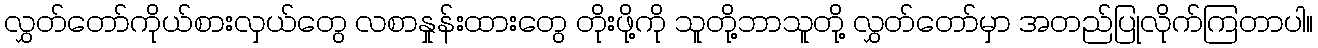
လွှတ်တော်ကိုယ်စားလှယ်တွေ လစာနှုန်းထားတွေ တိုးဖို့ကို သူတို့ဘာသူတို့ လွှတ်တော်မှာ အတည်ပြုလိုက်ကြတာပါ။